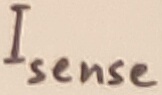
Text: Isense